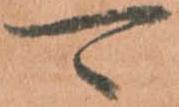
可